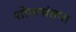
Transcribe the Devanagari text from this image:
शोकसंतप्त